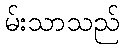
မ်းသာသည်